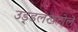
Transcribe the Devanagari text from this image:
उड़्डलखटोले